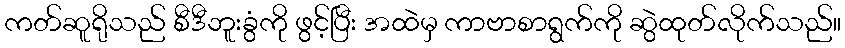
ကတ်ဆူရိုသည် စီဒီဘူးခွံကို ဖွင့်ပြီး အထဲမှ ကာဗာစာရွက်ကို ဆွဲထုတ်လိုက်သည်။